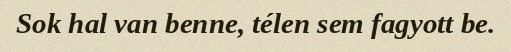
Sok hal van benne, télen sem fagyott be.